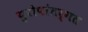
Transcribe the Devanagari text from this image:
युरोपांतर्गत